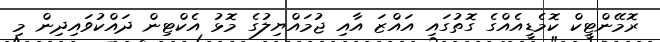
ރޮމޭންޓީކް ކޮމެޑީއެއްގެ ގޮތުގައި އައްޒަ އާއި ޖުމައްޔިލުގެ މޮޅު އެކްޓިން ދައްކުވައިދިން މި